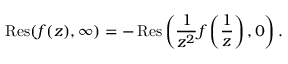
\operatorname { R e s } ( f ( z ) , \infty ) = - \operatorname { R e s } \left( { \frac { 1 } { z ^ { 2 } } } f \left( { \frac { 1 } { z } } \right) , 0 \right) .